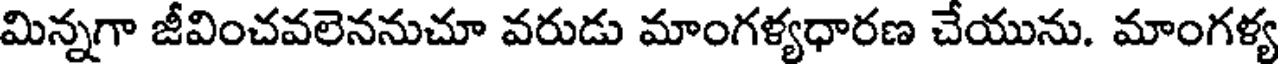
మిన్నగా జీవించవలెననుచూ వరుడు మాంగళ్యధారణ చేయును. మాంగళ్య